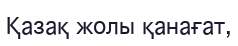
Қазақ жолы қанағат,